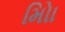
મોિા